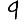
Digit: 9